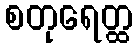
စတုရေတ္ထ